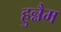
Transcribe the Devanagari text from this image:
हुन्नैम